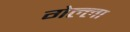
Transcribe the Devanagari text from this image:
गेल्ला